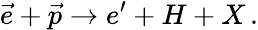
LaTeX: \vec{e}+\vec{p}\rightarrow e^{\prime}+H+X\, .